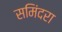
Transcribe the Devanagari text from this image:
समिंदरा